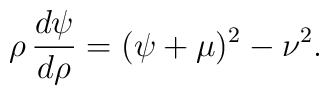
\rho\,\frac{d\psi}{d\rho}=(\psi+\mu)^2-\nu^2.